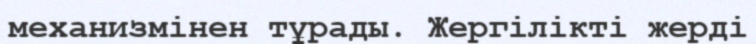
механизмінен тұрады. Жергілікті жерді